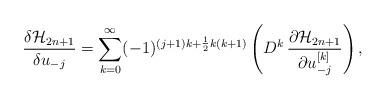
LaTeX: \begin{align*}{\delta{\cal H}_{2n+1}\over\delta u_{-j}} = \sum_{k=0}^{\infty}(-1)^{(j+1)k + {1\over 2}k(k+1)} \left(D^k\,{\partial{\cal H}_{2n+1}\over\partial u_{-j}^{[k]}}\right), \end{align*}